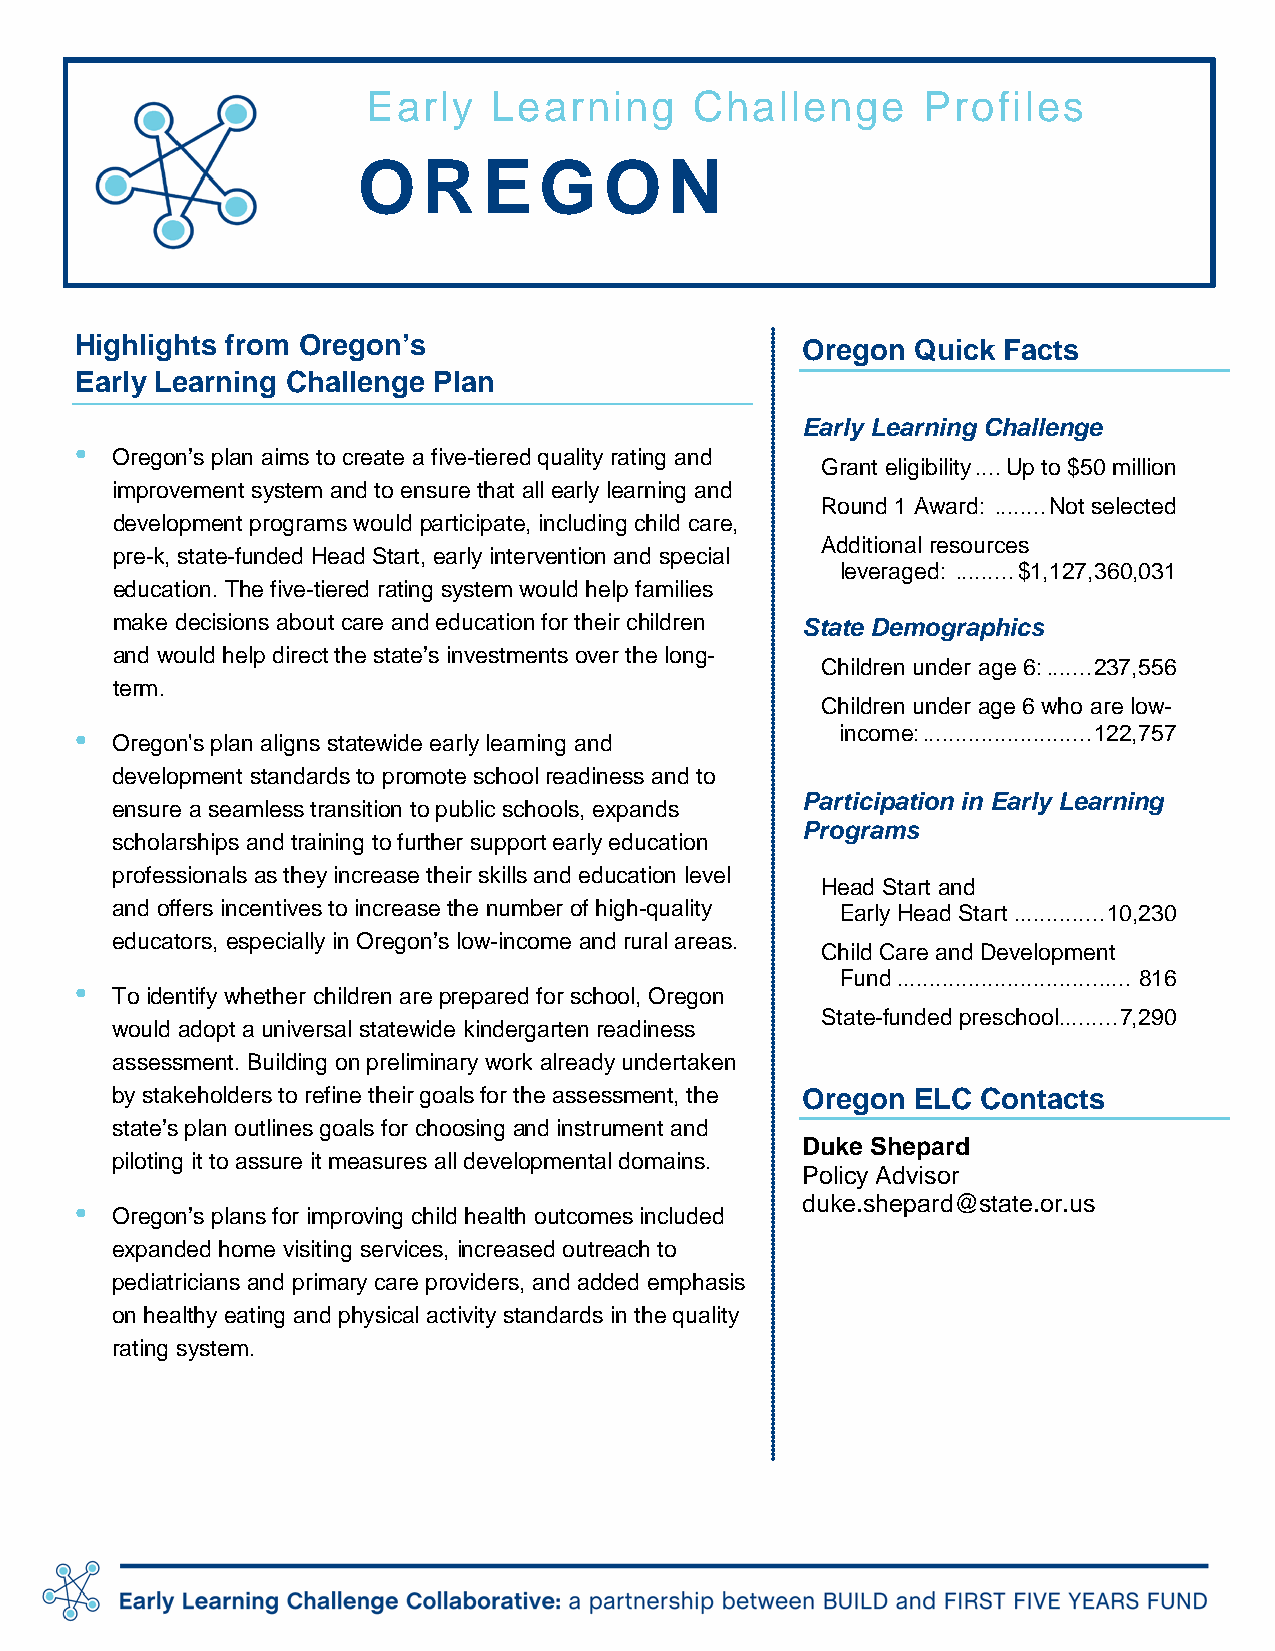
Early    Learning     Challenge      Profiles
 OR      EG      ON
 Highlights from Oregon’s                        Oregon  Quick Facts
 Early Learning Challenge Plan
 Early Learning Challenge
 •
 Oregon’s plan aims to create a five-tiered quality rating and
 Grant eligibility .... Up to $50 million
 improvement system and to ensure that all early learning and
 Round 1 Award: ........ Not selected
 development programs would participate, including child care,
 Additional resources
 pre-k, state-funded Head Start, early intervention and special
 leveraged: ......... $1,127,360,031
 education. The five-tiered rating system would help families
 make decisions about care and education for their children State Demographics
 and would help direct the state’s investments over the long-
 Children under age 6: ....... 237,556
 term.
 Children under age 6 who are low-
 •                                                  income: .......................... 122,757
 Oregon's plan aligns statewide early learning and
 development standards to promote school readiness and to
 Participation in Early Learning
 ensure a seamless transition to public schools, expands
 Programs
 scholarships and training to further support early education
 professionals as they increase their skills and education level
 Head Start and
 and offers incentives to increase the number of high-quality Early Head Start .............. 10,230
 educators, especially in Oregon’s low-income and rural areas.
 Child Care and Development
 Fund .................................... 816
 •
 To identify whether children are prepared for school, Oregon
 State-funded preschool ......... 7,290
 would adopt a universal statewide kindergarten readiness
 assessment. Building on preliminary work already undertaken
 by stakeholders to refine their goals for the assessment, the Oregon ELC Contacts
 state’s plan outlines goals for choosing and instrument and
 Duke Shepard
 piloting it to assure it measures all developmental domains.
 Policy Advisor
 •                                               duke.shepard@state.or.us
 Oregon’s plans for improving child health outcomes included
 expanded home visiting services, increased outreach to
 pediatricians and primary care providers, and added emphasis
 on healthy eating and physical activity standards in the quality
 rating system.